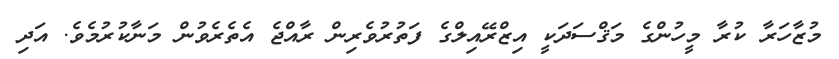
މުޒާހަރާ ކުރާ މީހުންގެ މަޤްސަދަކީ އިޒްރޭއިލްގެ ފަތުރުވެރިން ރާއްޖެ އެތެރެވުން މަނާކުރުމެވެ. އަދި